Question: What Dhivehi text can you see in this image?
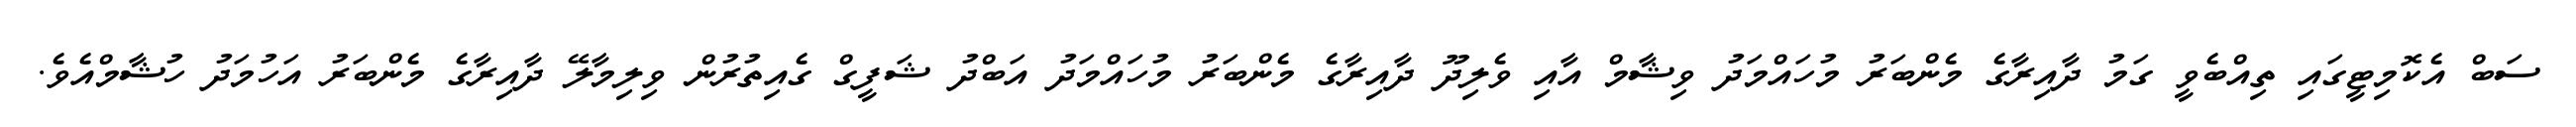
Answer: ސަބް އެކޮމިޓީގައި ތިއްބެވީ ގަމު ދާއިރާގެ މެންބަރު މުހައްމަދު ވިޝާމް އާއި ވެލިދޫ ދާއިރާގެ މެންބަރު މުހައްމަދު އަބްދު ޝަފީގް ގެއިތުރުން ވިލިމާލޭ ދާއިރާގެ މެންބަރު އަހުމަދު ހުޝާމްއެވެ.